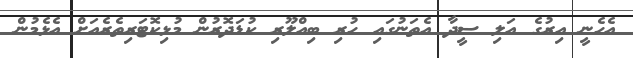
އެހެނީ އިރުގެ އަލި ސީދާ އެތަނުގައި ހުރި ބިއްލޫރި ކުޑަދޮރުން މުޅިކޮޓަރިތެރެއަށް އެޅެމުން